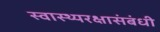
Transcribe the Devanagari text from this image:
स्वास्थ्यरक्षासंबंधी